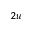
_ { 2 u }